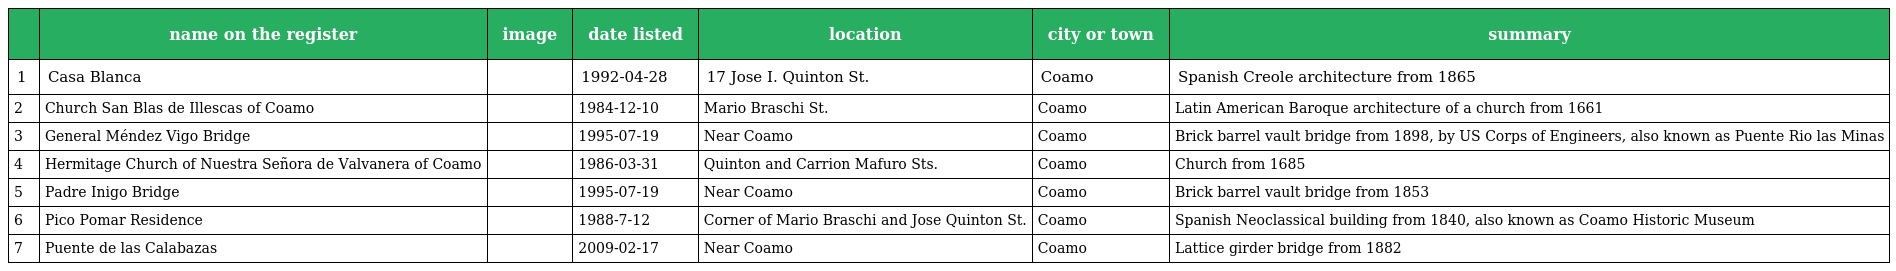
|  | name on the register | image | date listed | location | city or town | summary |
 | --- | --- | --- | --- | --- | --- | --- |
 | 1 | Casa Blanca |  | 1992-04-28 | 17 Jose I. Quinton St. | Coamo | Spanish Creole architecture from 1865 |
 | 2 | Church San Blas de Illescas of Coamo |  | 1984-12-10 | Mario Braschi St. | Coamo | Latin American Baroque architecture of a church from 1661 |
 | 3 | General Méndez Vigo Bridge |  | 1995-07-19 | Near Coamo | Coamo | Brick barrel vault bridge from 1898, by US Corps of Engineers, also known as Puente Rio las Minas |
 | 4 | Hermitage Church of Nuestra Señora de Valvanera of Coamo |  | 1986-03-31 | Quinton and Carrion Mafuro Sts. | Coamo | Church from 1685 |
 | 5 | Padre Inigo Bridge |  | 1995-07-19 | Near Coamo | Coamo | Brick barrel vault bridge from 1853 |
 | 6 | Pico Pomar Residence |  | 1988-7-12 | Corner of Mario Braschi and Jose Quinton St. | Coamo | Spanish Neoclassical building from 1840, also known as Coamo Historic Museum |
 | 7 | Puente de las Calabazas |  | 2009-02-17 | Near Coamo | Coamo | Lattice girder bridge from 1882 |